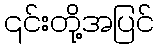
၎င်းတို့အပြင်